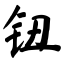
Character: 钮